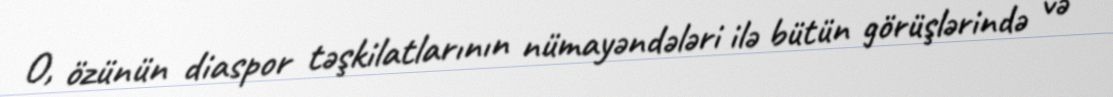
O, özünün diaspor təşkilatlarının nümayəndələri ilə bütün görüşlərində və